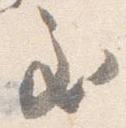
至